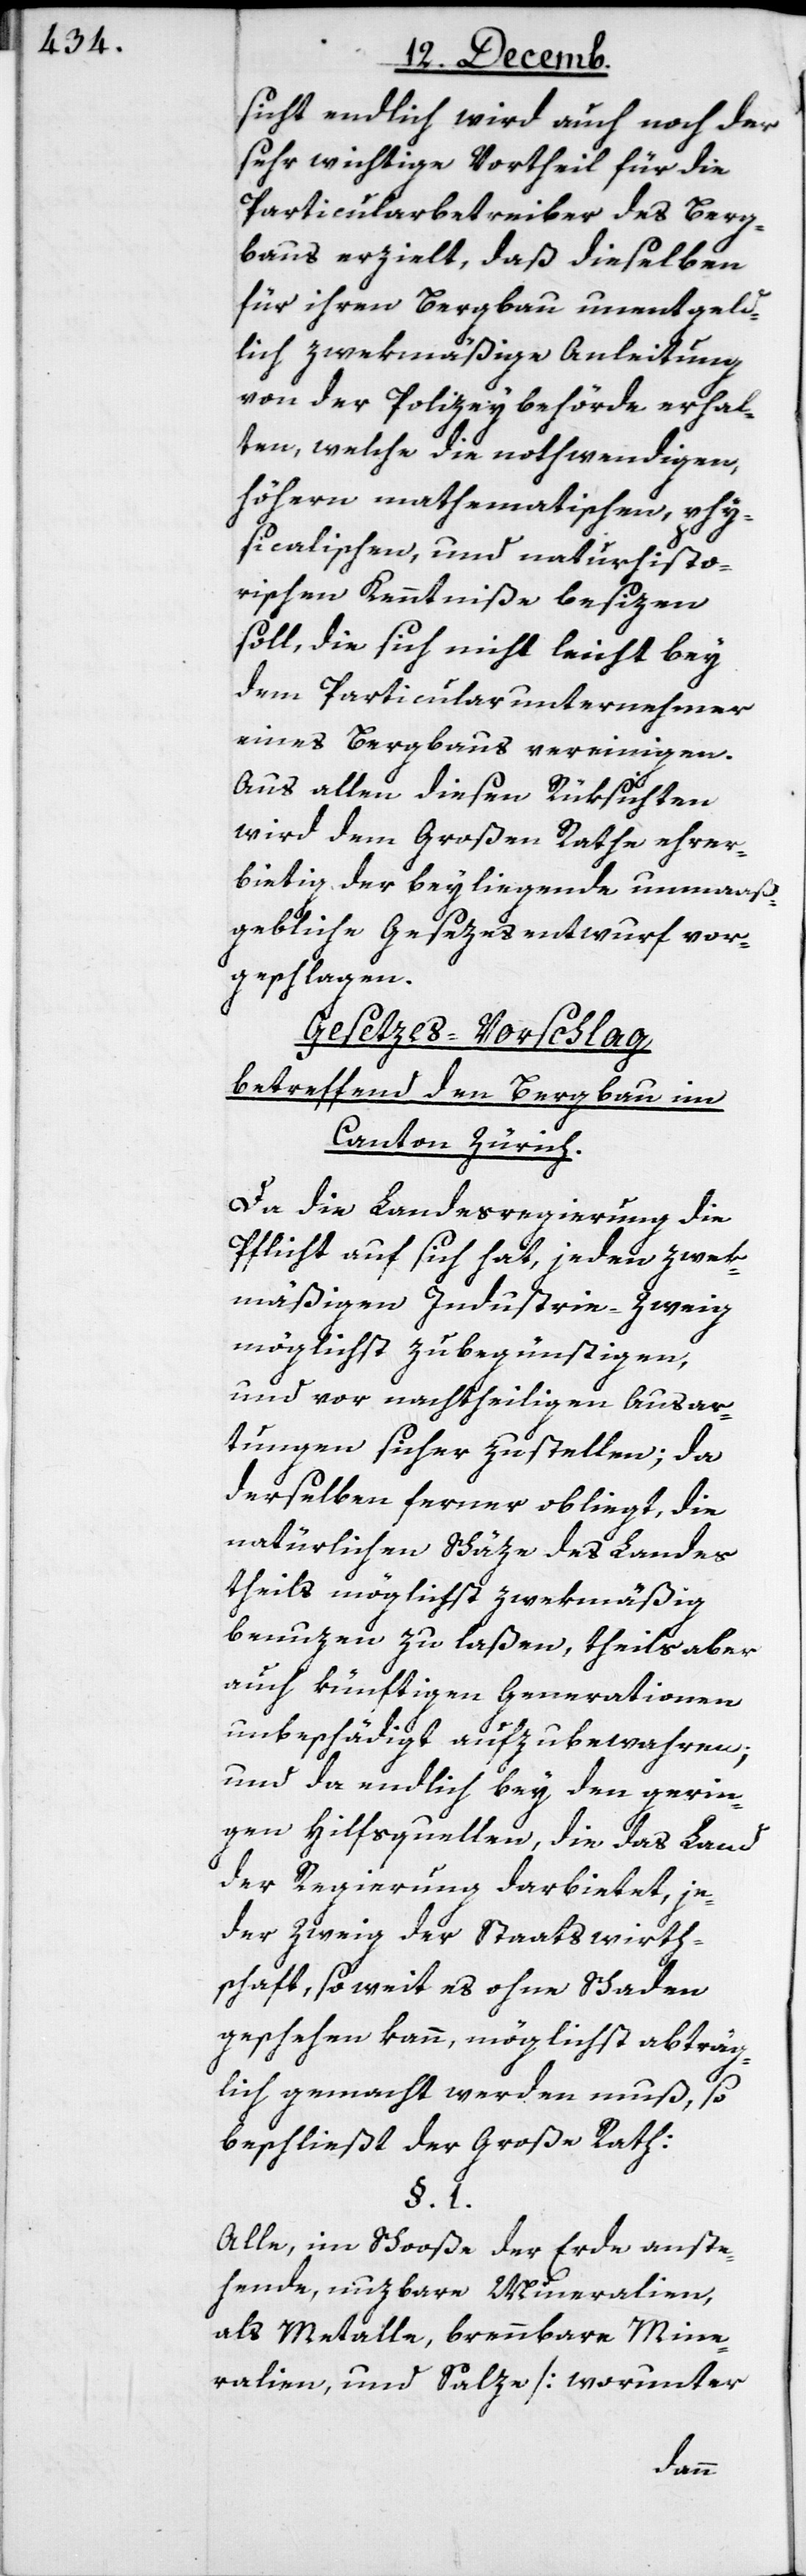
sicht endlich wird auch noch der
sehr wichtige Vortheil für die
Particularbetreiber des Berg¬
baus erzielt, daß dieselben
für ihren Bergbau unentgeld¬
lich zwekmäßige Anleitung
von der Polizeybehörde erhal¬
ten, welche die nothwendigen
höhern mathematischen, phy¬
sicalischen und naturhisto¬
rischen Kenntniße besizen
soll, die sich nicht leicht bey
dem Particularunternehmer
eines Bergbaus vereinigen.
Aus allen diesen Rüksichten
wird dem Großen Rathe ehrer¬
bietig der beiliegende unmaaß¬
gebliche Gesezesentwurf vor¬
geschlagen.
Gesetzes-Vorschlag
betreffend den Bergbau im
Canton Zürich.
Da die Landesregierung die
Pflicht auf sich hat, jeden zwek¬
mäßigen Industrie-Zweig
möglichst zu begünstigen,
und vor nachtheiligen Ausar¬
tungen sicher zu stellen; da
derselben ferner obliegt, die
natürlichen Schäze des Landes
theils möglichst zwekmäßig
benuzen zu laßen, theils aber
auch künftigen Generationen
unbeschädigt aufzubewahren;
und da endlich bey den gerin¬
gen Hilfsquellen, die das Land
der Regierung darbietet, je¬
der Zweig der Staatswirth¬
schaft, so weit es ohne Schaden
geschehen kann, möglichst abträg¬
lich gemacht werden muß, so
beschließt der Große Rath:
§. 1.
Alle, im Schooße der Erde anste¬
hende, nuzbare Mineralien,
als Metalle, brennbare Mine¬
ralien und Salze [worunter